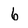
Character: 6